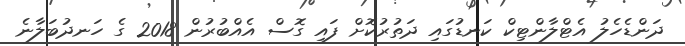
ދަންޑެހެލު އެޓްލާންޓިކް ކަނޑުގައި ދަތުރުކޮށް ފައި ގޮސް އެއްބުރުން 2018 ގެ ހަނދުބަލާނެ